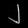
Digit: ၂